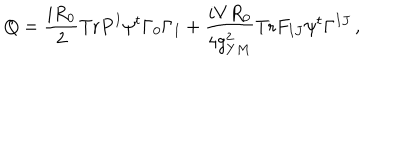
Q = \frac { i R _ { 0 } } { 2 } \mathrm { T r } P ^ { I } \psi ^ { t } \Gamma _ { 0 } \Gamma _ { I } + \frac { i V R _ { 0 } } { 4 g _ { Y M } ^ { 2 } } \mathrm { T r } F _ { I J } \psi ^ { t } \Gamma ^ { I J } \, ,